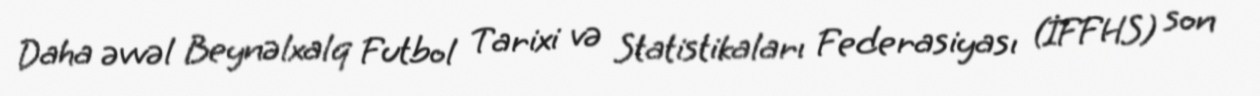
Daha əvvəl Beynəlxalq Futbol Tarixi və Statistikaları Federasiyası (İFFHS) son